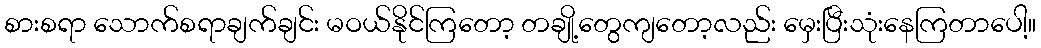
စားစရာ သောက်စရာချက်ချင်း မဝယ်နိုင်ကြတော့ တချို့တွေကျတော့လည်း မှေးပြီးသုံးနေကြတာပေါ့။